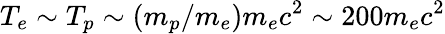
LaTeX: T_{e}\sim T_{p}\sim(m_{p}/m_{e})m_{e}c^{2}\sim 200m_{e}c^{2}